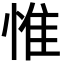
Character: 惟